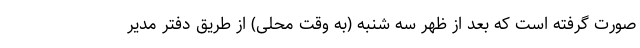
صورت گرفته است که بعد از ظهر سه شنبه (به وقت محلی) از طریق دفتر مدیر